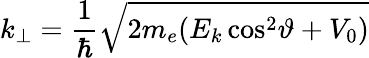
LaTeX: k_{\perp}={\frac{1}{\hbar}}{\sqrt{2m_{e}(E_{k}\cos^{2}\! \vartheta+V_{0})}}